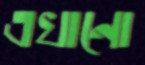
এখানো